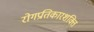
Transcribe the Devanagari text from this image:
रोगप्रतिकारशक्ति